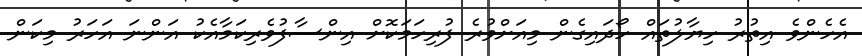
އެހެންވެ އިތުރު ހިޔާލުތައް ހޯދައިގެން މިއަށްވުރެ ފުރިހަމަކޮށް އިންސާފުވެރިކަމާއެކު އަންނަ އަހަރު މިކަން